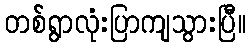
တစ်ရွာလုံးပြာကျသွားပြီ။